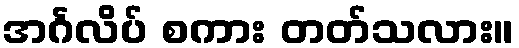
အင်္ဂလိပ် စကား တတ်သလား။